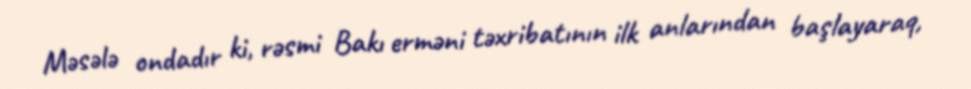
Məsələ ondadır ki, rəsmi Bakı erməni təxribatının ilk anlarından başlayaraq,